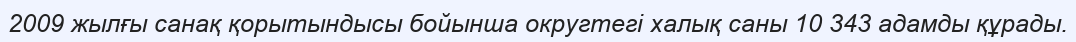
2009 жылғы санақ қорытындысы бойынша округтегі халық саны 10 343 адамды құрады.